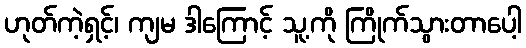
ဟုတ်ကဲ့ရှင့်၊ ကျမ ဒါကြောင့် သူ့ကို ကြိုက်သွားတာပေါ့